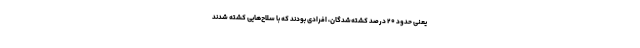
یعنی حدود ۲۰ درصد کشته‌شدگان، افرادی بودند که با سلاح‌هایی کشته شدند